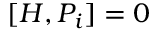
[ H , P _ { i } ] = 0